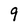
Character: 9